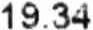
19.34